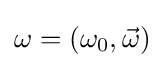
\omega =(\omega _{0},{\vec {\omega }})